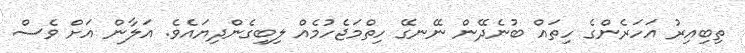
ތިބިއިރު އަހަރެންގެ ހިތައް ބުނެދޭން ނޭނގޭ ހިތްމަޖެހުމެއް ލިބިގެންދިޔައެވެ. އަލާން އަށް ވެސް